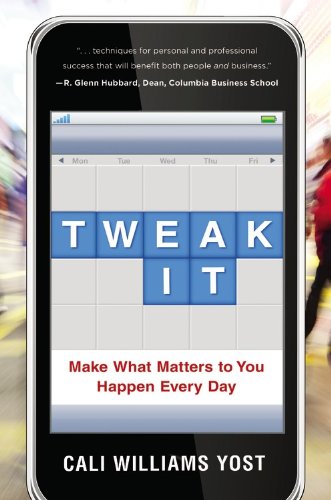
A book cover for Tweak It: Make What Matters to You Happen Every Day; Cali Williams Yost; Business & Money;